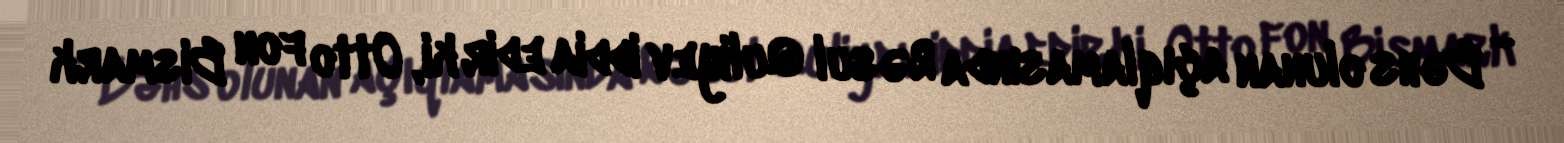
- Bəhs olunan açıqlamasında Rəsul Quliyev iddia edir ki, Otto fon Bismark